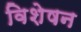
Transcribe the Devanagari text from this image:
विशेषन